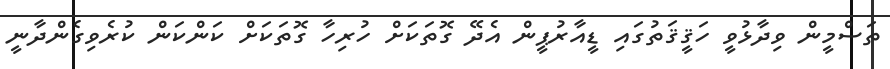
ތަސްމީން ވިދާޅުވީ ހަޤީޤަތުގައި ޑީއާރުޕީން އެދޭ ގޮތަކަށް ހުރިހާ ގޮތަކަށް ކަންކަން ކުރެވިގެންދާނީ